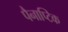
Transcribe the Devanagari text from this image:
पैनाप्टिक